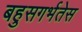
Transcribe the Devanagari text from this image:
बहुसगर्भतेस